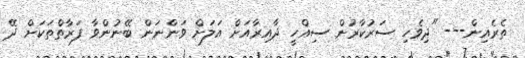
ތެރެއިން--- "ދިވެހި ސަރުކާރުން ސިއްހީ ދާއިރާއަށް އަލަށް ވަންނަން ބޭނުންވާ ފަރާތްތަކަށް ދޭ